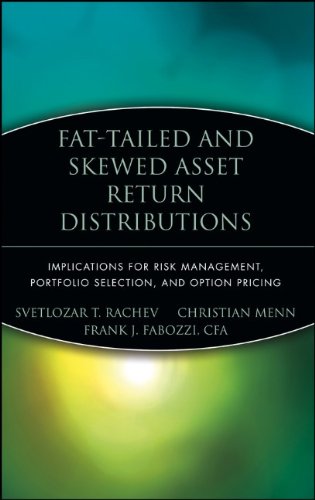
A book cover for Fat-Tailed and Skewed Asset Return Distributions : Implications for Risk Management, Portfolio Selection, and Option Pricing; Svetlozar T. Rachev; Business & Money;